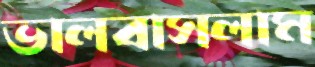
ভালবাসলাম